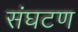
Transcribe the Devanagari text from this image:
संघटण